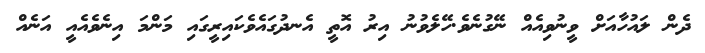
ދެން ލައުހާއަށް ވީނުވިއެއް ނޭގުނެވެ.ހޭލެވުނު އިރު އޮތީ އެނދުގައެވެކައިރީގައި މަންމަ އިނެވެއެއީ އަނެއް